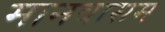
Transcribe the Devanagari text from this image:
मानवासम